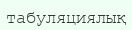
табуляциялық